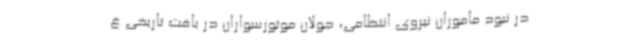
در نبود ماموران نیروی انتظامی، جولان موتورسواران در بافت تاریخی غ